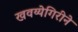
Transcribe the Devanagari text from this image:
खवय्येगिरीने